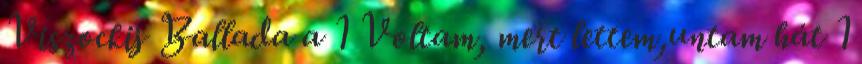
Viszockij Ballada a 1 Voltam, mert lettem,untam hát 1